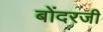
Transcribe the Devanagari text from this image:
बोंदरजी